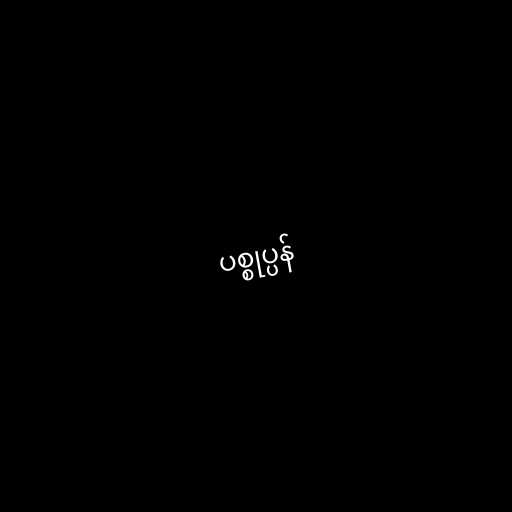
ပစ္စုပ္ပန်